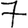
Digit: 7